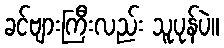
ခင်ဗျားကြီးလည်း သူပုန်ပဲ။